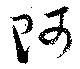
阿